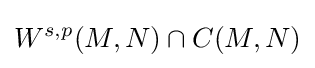
W^{s,p}(M,N)\cap C(M,N)